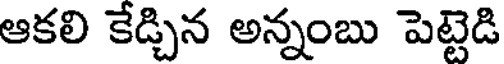
ఆకలి కేడ్చిన అన్నంబు పెట్టెడి